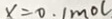
x = 0 . 1 m o l